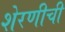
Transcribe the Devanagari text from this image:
शेरणीची